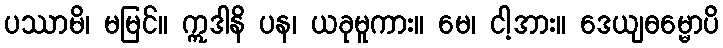
ပဿာမိ၊ မမြင်။ ဣဒါနိ ပန၊ ယခုမူကား။ မေ၊ ငါ့အား။ ဒေယျဓမ္မောပိ